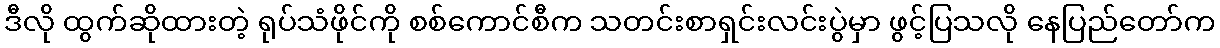
ဒီလို ထွက်ဆိုထားတဲ့ ရုပ်သံဖိုင်ကို စစ်ကောင်စီက သတင်းစာရှင်းလင်းပွဲမှာ ဖွင့်ပြသလို နေပြည်တော်က